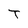
Character: T